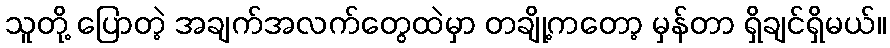
သူတို့ ပြောတဲ့ အချက်အလက်တွေထဲမှာ တချို့ကတော့ မှန်တာ ရှိချင်ရှိမယ်။